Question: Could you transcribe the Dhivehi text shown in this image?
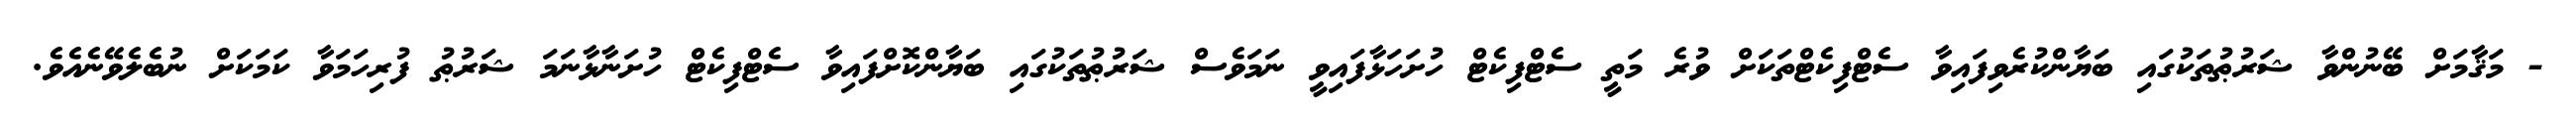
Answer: - މަޤާމަށް ބޭނުންވާ ޝަރުޠުތަކުގައި ބަޔާންކުރެވިފައިވާ ސެޓްފިކެޓްތަކަށް ވުރެ މަތީ ސެޓްފިކެޓް ހުށަހަޅާފައިވީ ނަމަވެސް ޝަރުޠުތަކުގައި ބަޔާންކޮށްފައިވާ ސެޓްފިކެޓް ހުށަނާޅާނަމަ ޝަރުޠު ފުރިހަމަވާ ކަމަކަށް ނުބެލެވޭނެއެވެ.